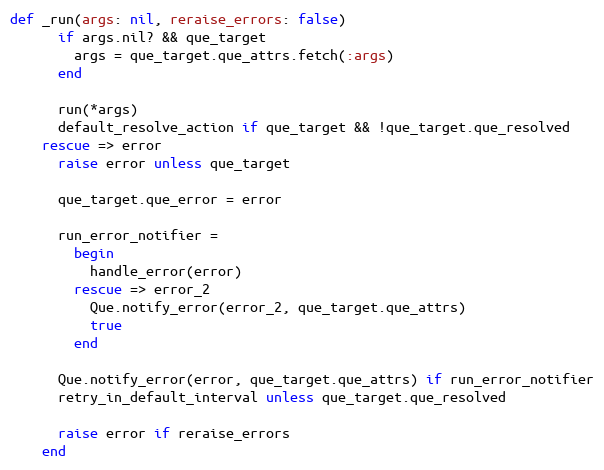
Language: Ruby
def _run(args: nil, reraise_errors: false)
      if args.nil? && que_target
        args = que_target.que_attrs.fetch(:args)
      end

      run(*args)
      default_resolve_action if que_target && !que_target.que_resolved
    rescue => error
      raise error unless que_target

      que_target.que_error = error

      run_error_notifier =
        begin
          handle_error(error)
        rescue => error_2
          Que.notify_error(error_2, que_target.que_attrs)
          true
        end

      Que.notify_error(error, que_target.que_attrs) if run_error_notifier
      retry_in_default_interval unless que_target.que_resolved

      raise error if reraise_errors
    end